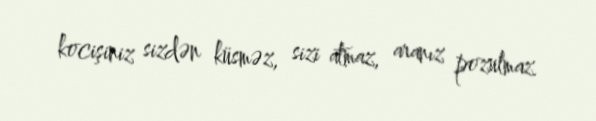
kocişiniz sizdən küsməz, sizi atmaz, aranız pozulmaz.